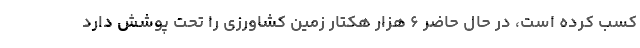
کسب کرده است، در حال حاضر ۶ هزار هکتار زمین کشاورزی را تحت پوشش دارد